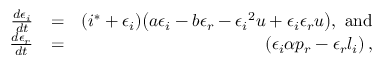
\begin{array} { r l r } { \frac { d \epsilon _ { i } } { d t } } & { = } & { ( i ^ { * } + \epsilon _ { i } ) \big ( a \epsilon _ { i } - b \epsilon _ { r } - { \epsilon _ { i } } ^ { 2 } u + \epsilon _ { i } \epsilon _ { r } u \big ) , \mathrm { ~ a n d } } \\ { \frac { d \epsilon _ { r } } { d t } } & { = } & { \left( \epsilon _ { i } \alpha p _ { r } - \epsilon _ { r } l _ { i } \right) , } \end{array}